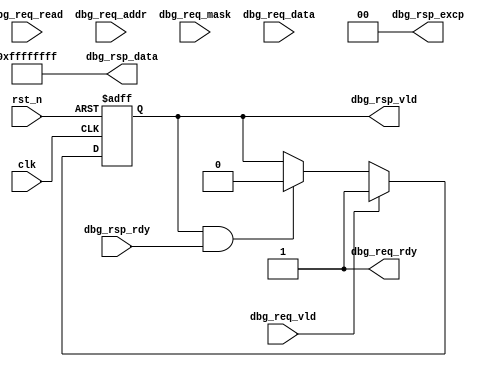
//************************************************************
// See LICENSE for license details.
//
// Module: uv_dbg
//
// Designer: Owen
//
// Description:
//      FIXME: Debug model to be implemented.
//************************************************************

`timescale 1ns / 1ps

module uv_dbg
#(
    parameter ALEN                  = 12,
    parameter DLEN                  = 32,
    parameter MLEN                  = DLEN / 8
)
(
    input                           clk,
    input                           rst_n,

    input                           dbg_req_vld,
    output                          dbg_req_rdy,
    input                           dbg_req_read,
    input  [ALEN-1:0]               dbg_req_addr,
    input  [MLEN-1:0]               dbg_req_mask,
    input  [DLEN-1:0]               dbg_req_data,

    output                          dbg_rsp_vld,
    input                           dbg_rsp_rdy,
    output [1:0]                    dbg_rsp_excp,
    output [DLEN-1:0]               dbg_rsp_data
);

    localparam UDLY = 1;

    reg                             rsp_vld_r;

    assign dbg_req_rdy              = 1'b1;
    assign dbg_rsp_vld              = rsp_vld_r;
    assign dbg_rsp_excp             = 2'b0;
    assign dbg_rsp_data             = {DLEN{1'b1}};

    always @(posedge clk or negedge rst_n) begin
        if (~rst_n) begin
            rsp_vld_r <= 1'b0;
        end
        else begin
            if (dbg_req_vld & dbg_req_rdy) begin
                rsp_vld_r <= #UDLY 1'b1;
            end
            else if (dbg_rsp_vld & dbg_rsp_rdy) begin
                rsp_vld_r <= #UDLY 1'b0;
            end
        end
    end

endmodule